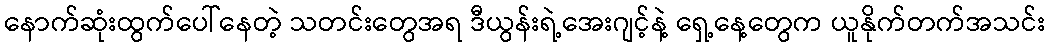
နောက်ဆုံးထွက်ပေါ်နေတဲ့ သတင်းတွေအရ ဒီယွန်းရဲ့အေးဂျင့်နဲ့ ရှေ့နေ့တွေက ယူနိုက်တက်အသင်း